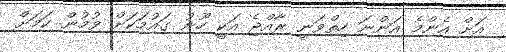
އަށް އެންމެ އަންނަ ހިތްވަނީ ރާއްޖެ އަކީ ހޫނު ގައުމަކަށް ވުމުން ކަމަށް